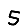
Digit: 5